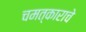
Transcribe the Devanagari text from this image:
चमत्काराचे